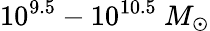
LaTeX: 10^{9.5}-10^{10.5}~M_{\odot}